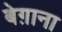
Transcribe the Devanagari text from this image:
बेग़ाना